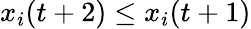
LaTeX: x_{i}(t+2)\leq x_{i}(t+1)